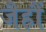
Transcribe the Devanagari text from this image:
जैहौं